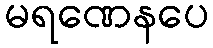
မရဏေနပေ